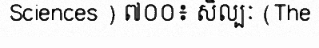
Sciences ) ៧០០៖ សិល្បៈ (The